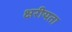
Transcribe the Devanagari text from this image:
क्षरीयता